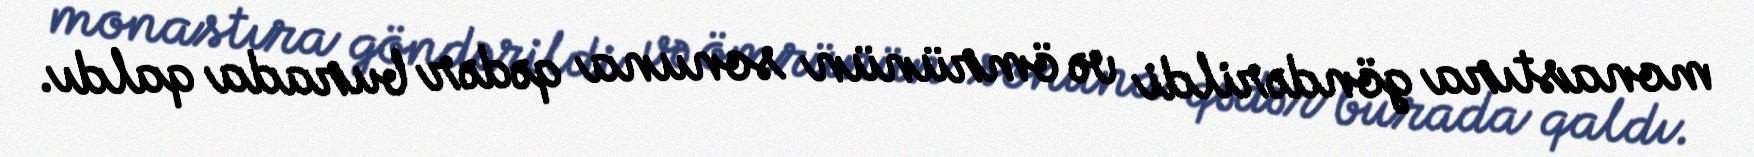
monastıra göndərildi və ömrünün sonuna qədər burada qaldı.